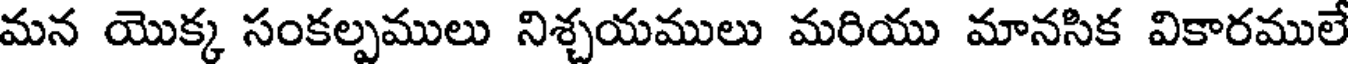
మన యొక్క సంకల్పములు నిశ్చయములు మరియు మానసిక వికారములే